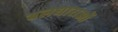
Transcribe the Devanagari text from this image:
बलधाराओं